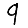
Digit: 9